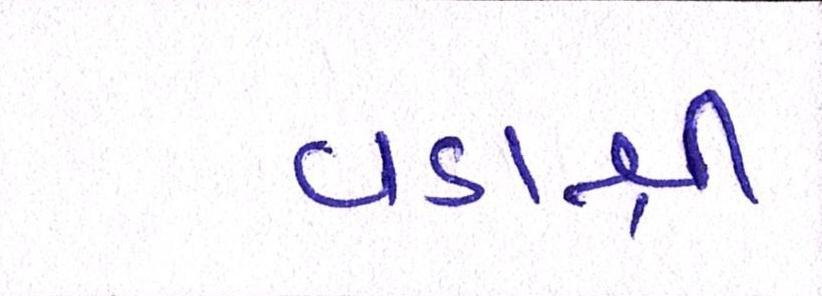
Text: વડાશ્રી